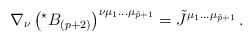
\begin{align*}\nabla_{\nu}\left({}^{\star}B_{(p+2)}\right)^{\nu\mu_{1}\ldots\mu_{\tilde{p}+1}} =\tilde{J}^{\mu_{1}\ldots\mu_{\tilde{p}+1}}\, .\end{align*}